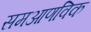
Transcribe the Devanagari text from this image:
समआणविक